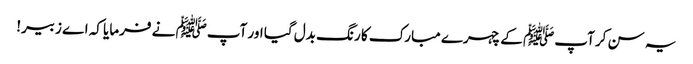
یہ سن کر آپﷺ کے چہرے مبارک کا رنگ بدل گیا اور آپﷺ نے فرمایا کہ اے زبیر!